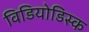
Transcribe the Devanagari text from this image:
विडियोडिस्क